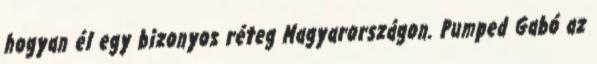
hogyan él egy bizonyos réteg Magyarországon. Pumped Gabó az